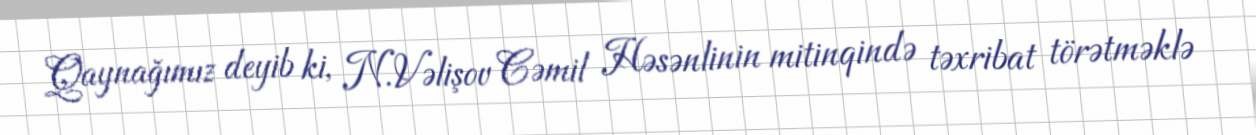
Qaynağımız deyib ki, N.Vəlişov Cəmil Həsənlinin mitinqində təxribat törətməklə